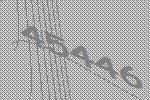
45446